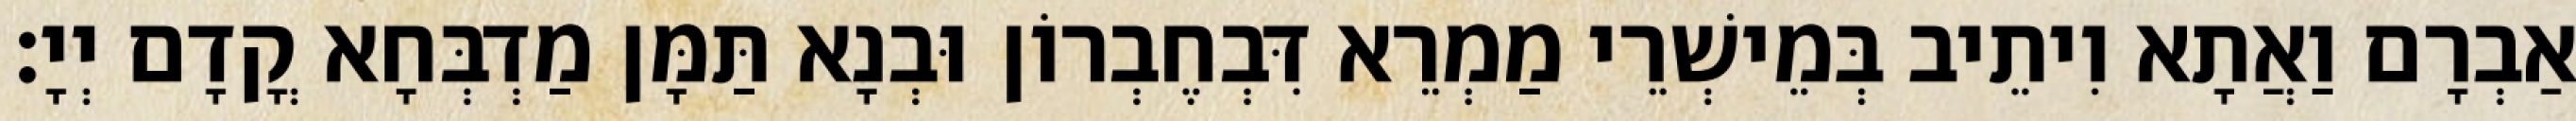
אַבְרָם וַאֲתָא וִיתֵיב בְּמֵישְׁרֵי מַמְרֵא דִּבְחֶבְרוֹן וּבְנָא תַּמָּן מַדְבְּחָא קֳדָם יְיָ׃